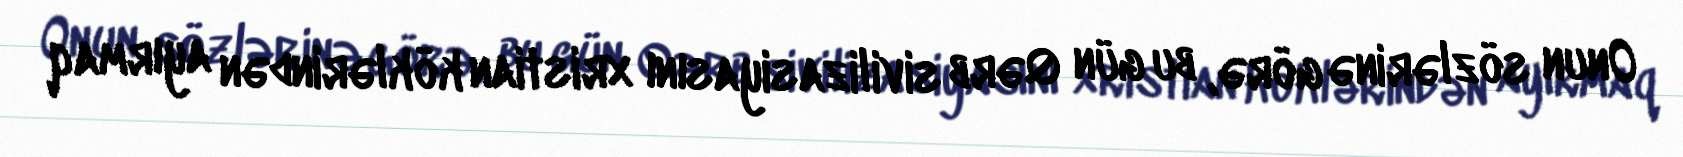
Onun sözlərinə görə, bu gün Qərb sivilizasiyasını xristian köklərindən ayırmaq